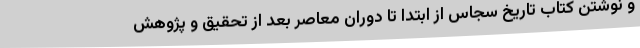
و نوشتن کتاب تاریخ سجاس از ابتدا تا دوران معاصر بعد از تحقیق و پژوهش